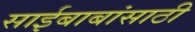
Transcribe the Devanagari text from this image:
साईबाबांसाठी